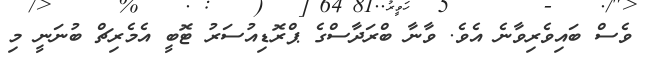
ވެސް ބައިވެރިވާނެ އެވެ. ވާނާ ބްރަދާސްގެ ޕްރޮޑިއުސަރު ޓޮބީ އެމެރިޗް ބުނަނީ މި